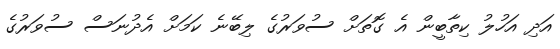
އަދި އަހުލު ކިތާބީން އެ ގޮތަށް ސުވަރުގެ ލިބޭނެ ކަމަށް އެދުނަސް ސުވަރުގެ